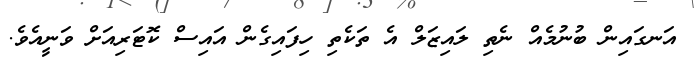
އަނގައިން ބުނުމެއް ނެތި ލައިޒަލް އެ ތަކެތި ހިފައިގެން އައިސް ކޮޓަރިއަށް ވަނީއެވެ.